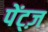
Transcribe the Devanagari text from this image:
पेंट्ज़